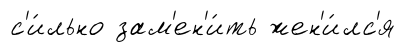
с'и́льно зам'ен'и́ть жен'и́лс'я